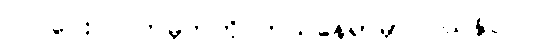
လ ပေး လက်မှတ်ကို ဘယ်နေရာမှာ ဝယ်နိုင်လဲ။